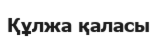
Құлжа қаласы